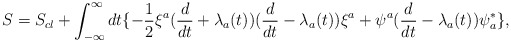
\begin{align*}S=S_{cl}+ \int _{-\infty}^{\infty} dt\{-{1 \over 2}\xi^{a}({d \over dt}+\lambda _{a}(t))({d \over dt}-\lambda _{a}(t))\xi^{a}+\psi ^{a}({d \over dt}-\lambda _{a}(t))\psi _{a}^{*}\},\end{align*}